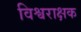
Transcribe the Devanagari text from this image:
विश्वराक्षक